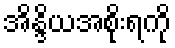
အိန္ဒိယအစိုးရကို